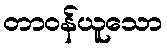
တာဝန်ယူသော